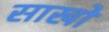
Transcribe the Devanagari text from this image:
साखों